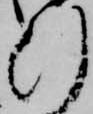
行